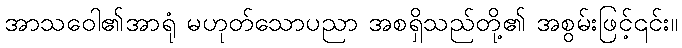
အာသဝေါ၏အာရုံ မဟုတ်သောပညာ အစရှိသည်တို့၏ အစွမ်းဖြင့်၎င်း။